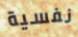
نفسية